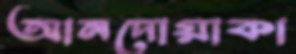
আনদোয়াকা